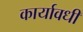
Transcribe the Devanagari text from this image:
कार्यावधी